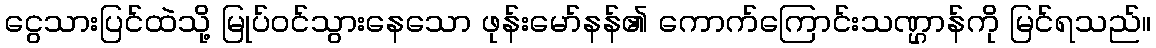
ငွေသားပြင်ထဲသို့ မြုပ်ဝင်သွားနေသော ဖုန်းမော်နန်၏ ကောက်ကြောင်းသဏ္ဌာန်ကို မြင်ရသည်။